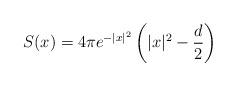
LaTeX: \begin{align*}S(x) = 4 \pi e^{-|x|^2} \left ( |x|^2 -\frac{d}{2} \right ) \end{align*}